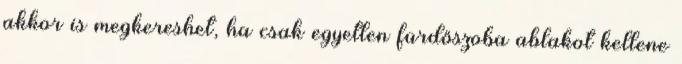
akkor is megkereshet, ha csak egyetlen fürdőszoba ablakot kellene